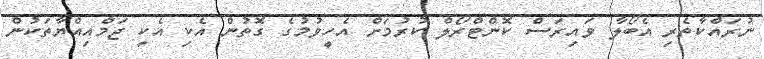
ނުރައްކާތެރި އެބޯލާ ވައިރަސް ކޮންޓްރޯލް ކުރުމަށް އެހީވުމުގެ ގޮތުން އެކި އެކި ޖަމްއިއްޔާތަކުން